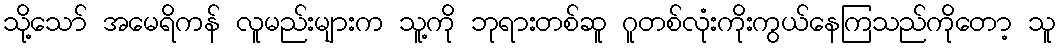
သို့သော် အမေရိကန် လူမည်းများက သူ့ကို ဘုရားတစ်ဆူ ဂူတစ်လုံးကိုးကွယ်နေကြသည်ကိုတော့ သူ